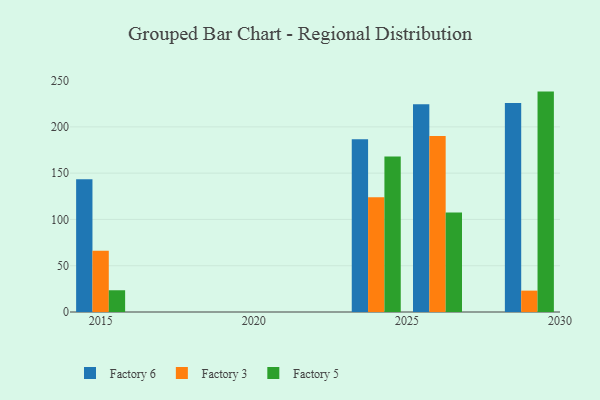
{"axis": {"x": "Year", "y": "Headcount"}, "legend": ["Factory 3", "Factory 5", "Factory 6"], "data": [{"x": "2015", "y": 143.4, "type": "Factory 6"}, {"x": "2015", "y": 66.2, "type": "Factory 3"}, {"x": "2015", "y": 23.5, "type": "Factory 5"}, {"x": "2029", "y": 225.9, "type": "Factory 6"}, {"x": "2029", "y": 23.1, "type": "Factory 3"}, {"x": "2029", "y": 238.1, "type": "Factory 5"}, {"x": "2024", "y": 186.7, "type": "Factory 6"}, {"x": "2024", "y": 124.0, "type": "Factory 3"}, {"x": "2024", "y": 167.9, "type": "Factory 5"}, {"x": "2026", "y": 224.4, "type": "Factory 6"}, {"x": "2026", "y": 190.2, "type": "Factory 3"}, {"x": "2026", "y": 107.6, "type": "Factory 5"}]}